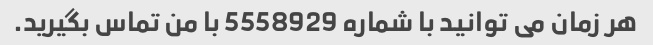
هر زمان می توانید با شماره 5558929 با من تماس بگیرید.